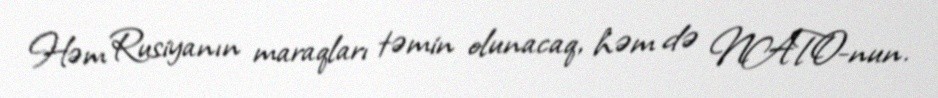
Həm Rusiyanın maraqları təmin olunacaq, həm də NATO-nun.